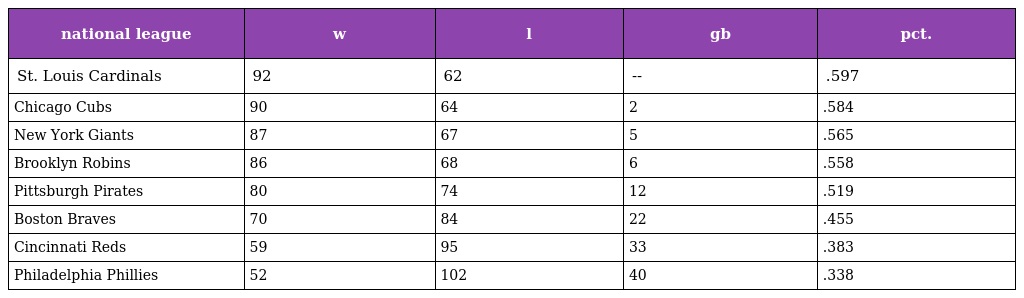
| national league | w | l | gb | pct. |
 | --- | --- | --- | --- | --- |
 | St. Louis Cardinals | 92 | 62 | -- | .597 |
 | Chicago Cubs | 90 | 64 | 2 | .584 |
 | New York Giants | 87 | 67 | 5 | .565 |
 | Brooklyn Robins | 86 | 68 | 6 | .558 |
 | Pittsburgh Pirates | 80 | 74 | 12 | .519 |
 | Boston Braves | 70 | 84 | 22 | .455 |
 | Cincinnati Reds | 59 | 95 | 33 | .383 |
 | Philadelphia Phillies | 52 | 102 | 40 | .338 |